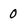
Character: 0